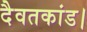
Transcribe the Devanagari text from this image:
दैवतकांड।